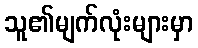
သူ၏မျက်လုံးများမှာ